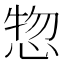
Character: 惣